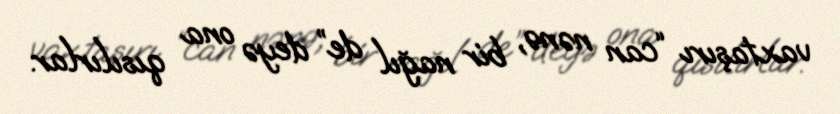
vaxtaşırı “can nənə, bir nağıl de” deyə ona qısılırlar.